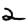
Digit: 2